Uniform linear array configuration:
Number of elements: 8
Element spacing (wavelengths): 0.75
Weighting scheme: exponential
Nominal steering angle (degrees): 60
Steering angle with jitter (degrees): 58.331
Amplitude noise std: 0.05
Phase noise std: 0.05

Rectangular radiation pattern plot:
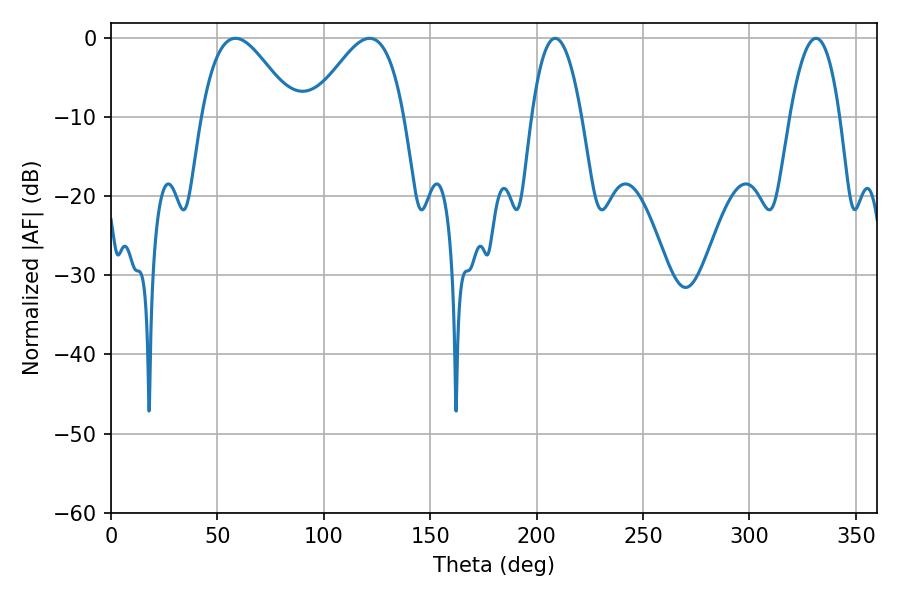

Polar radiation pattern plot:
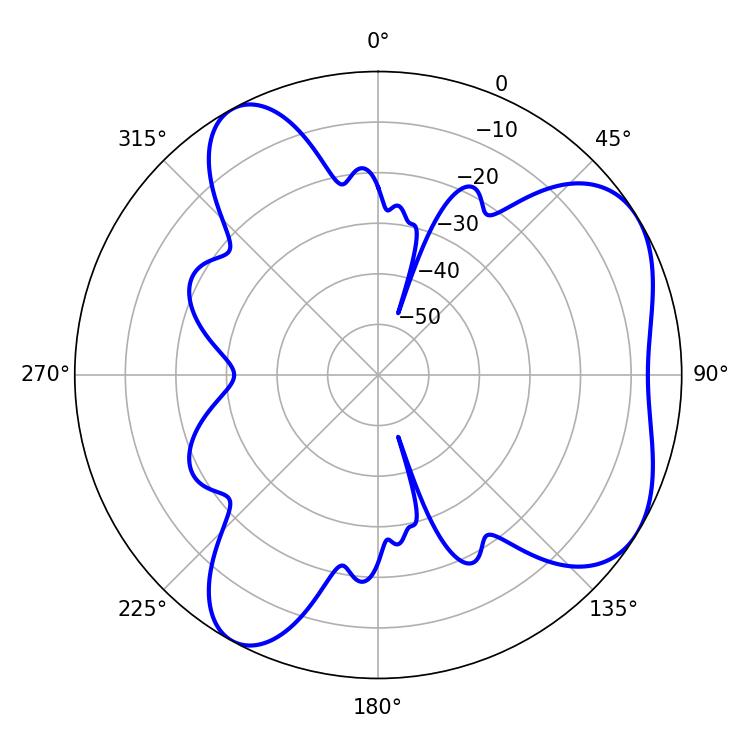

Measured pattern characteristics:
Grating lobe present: TRUE
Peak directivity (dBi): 5.551
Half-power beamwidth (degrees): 23.22
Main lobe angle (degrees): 58.5